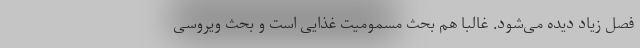
فصل زیاد دیده می‌شود. غالبا هم بحث مسمومیت غذایی است و بحث ویروسی